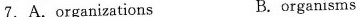
7.A.organizations B.organisms